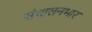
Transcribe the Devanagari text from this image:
संचालनभार